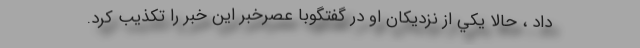
داد ، حالا يكي از نزديكان او در گفتگو‌با عصرخبر اين خبر را تكذيب كرد.